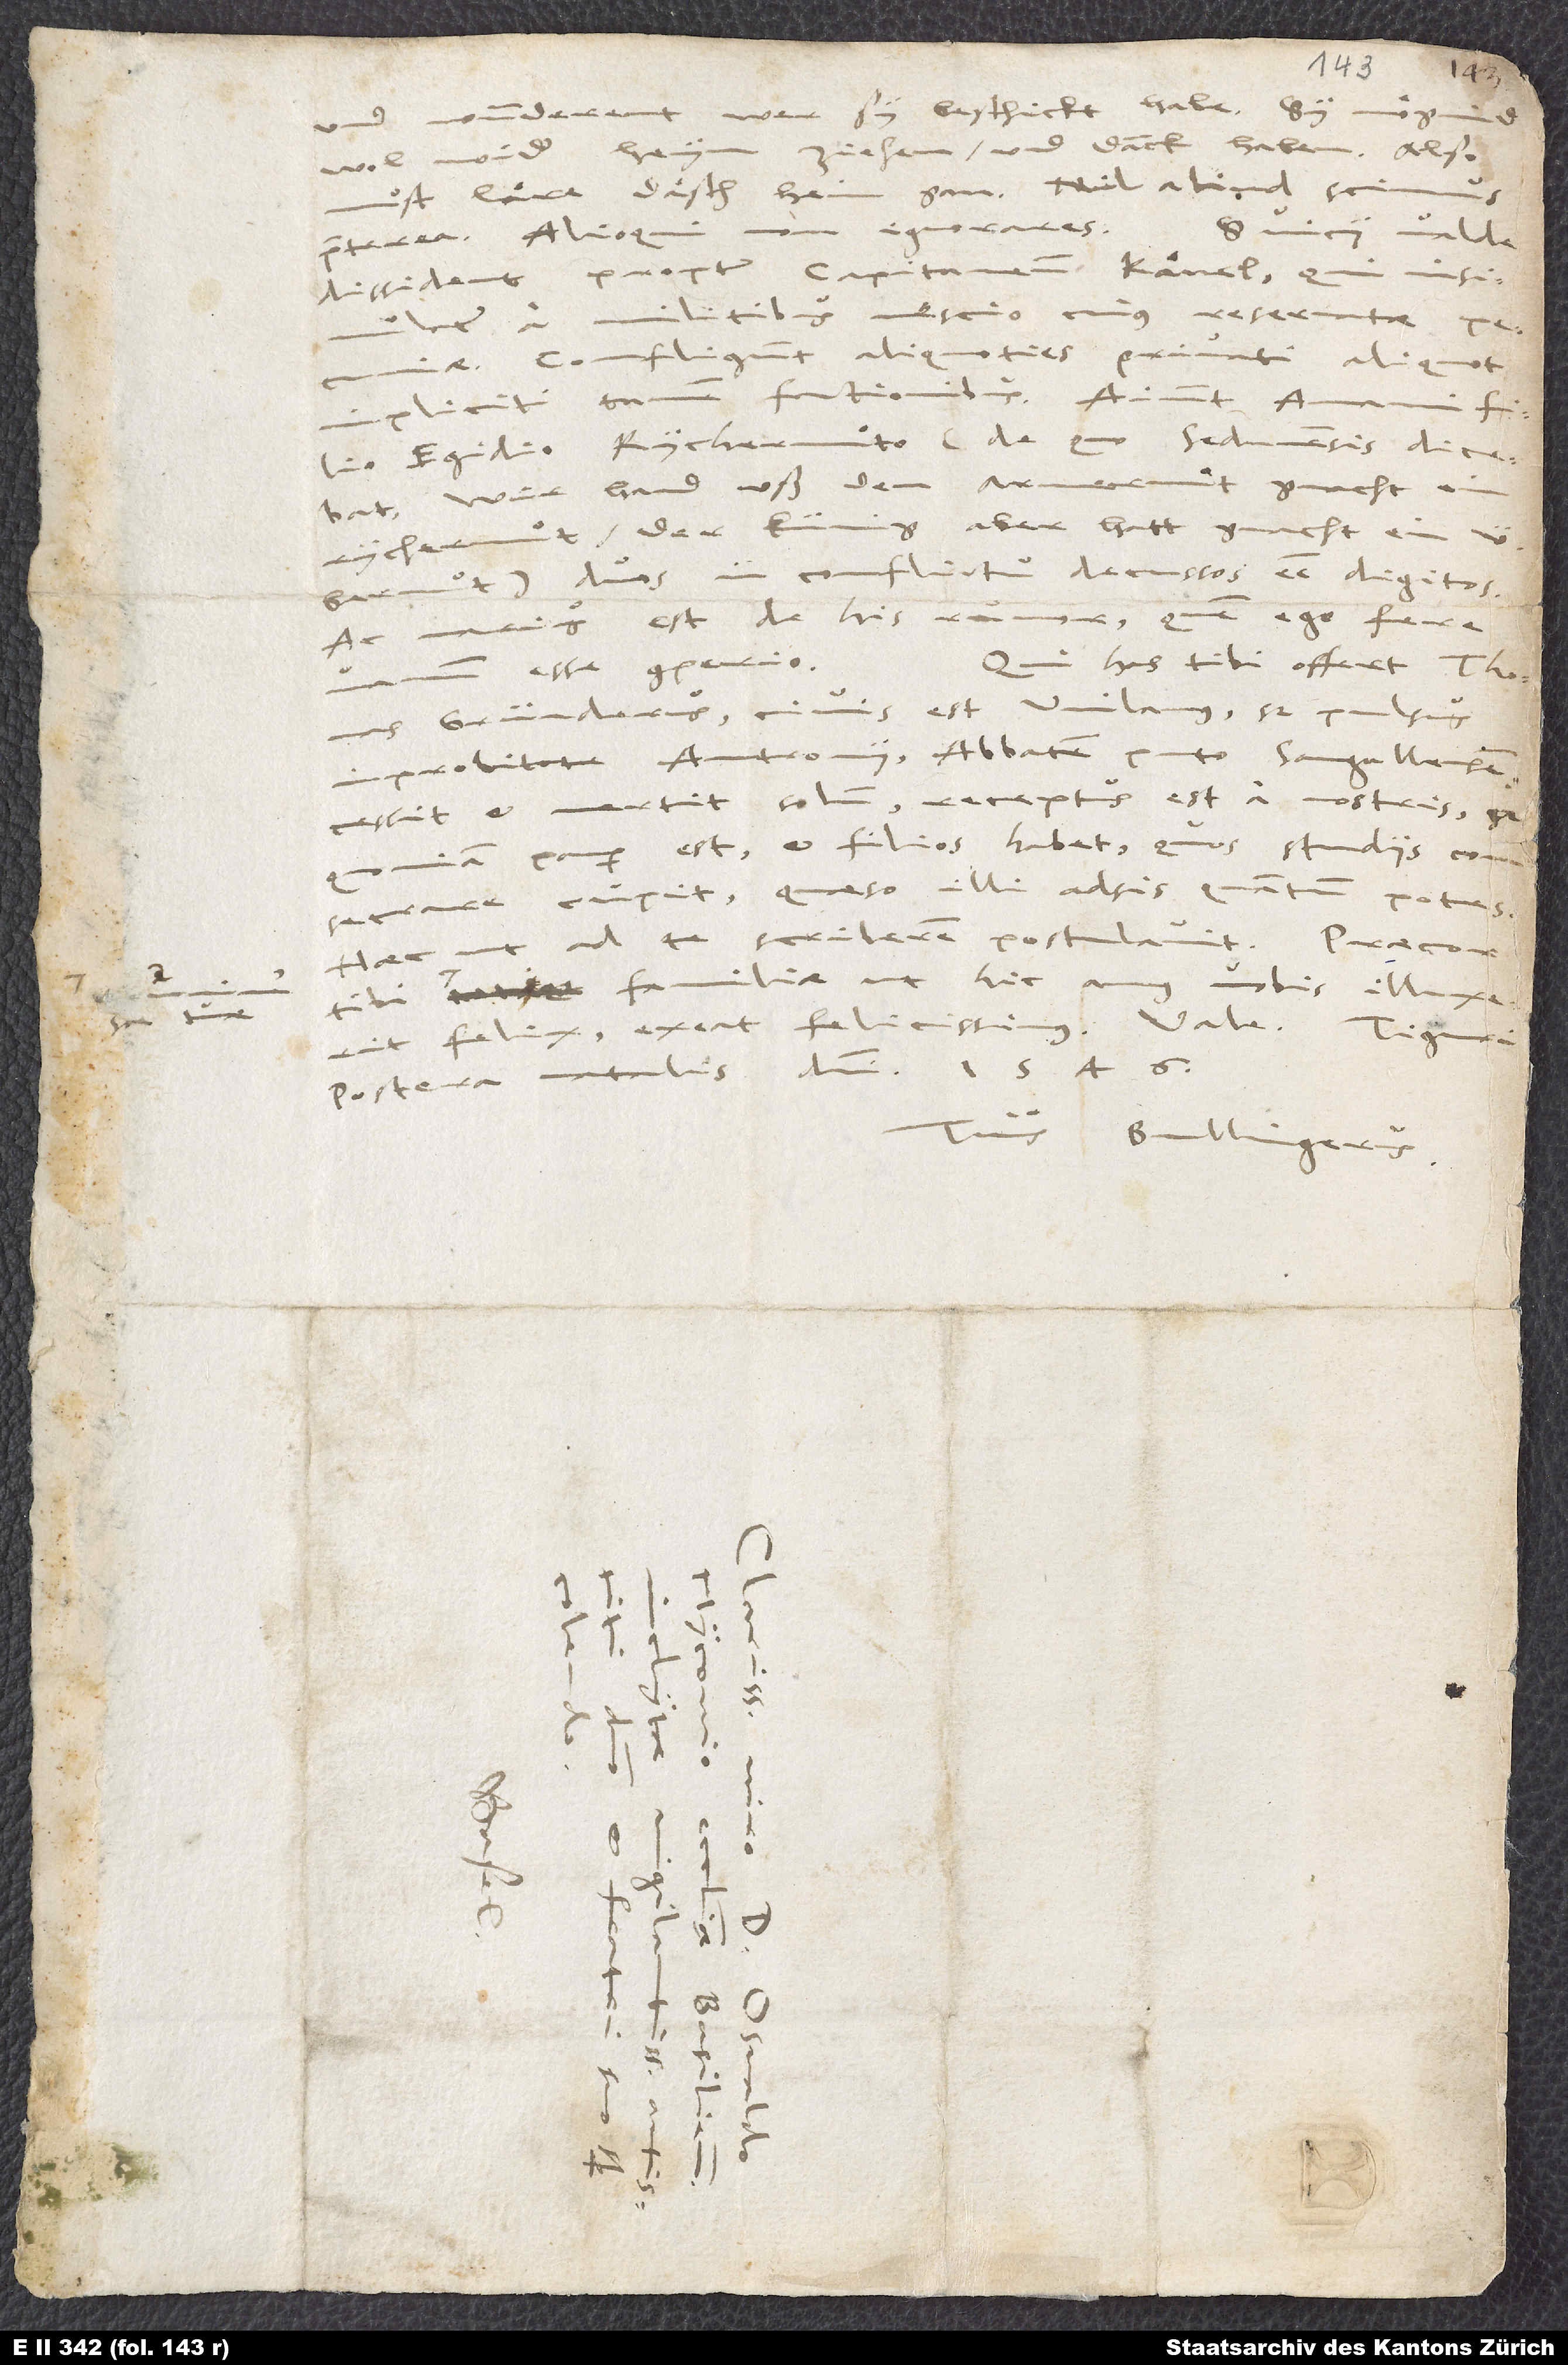
tuae

und wunderent, wer sy beschickt habe. Sy moͤgind
wol wider heym ziehen und danck haben. Also
muͦst laͤre daͤsch heim gan. Nil aliud scimus
ignorares.
Svicii valde
praeterea; alioqui
dissident propter capitaneum Kaͤnel, qui insimulatur
a militibus nescio cuius reservatae pecuniae.
Confligunt aliquoties privati aliquot,
impliciti tamen factionibus. Aiunt Amanni filio,
Egidio Rychermuͦto, (de quo Sedunensis dicebat:
„Wir hand uß dem Armermuͦt gmacht ein
Rychermuͦt; der künig aber hatt gmacht ein
Übermuͦt“) duos in conflictu decussos esse digitos.
varius est de his rumor, quem ego fere
Qui has tibi offert, Thomas
esse comperio.
Gründerus, civis est Wilanus, sed pulsus
improbitate Antronii, abbatem puto Sangallensem,
cessit et vertit solum. Receptus est a nostris, sed
quoniam pauper est et filios habet, quos studiis consecrare
cupit, quaeso illi adsis, quantum potes.
familiae, ut hic annus
vobis illuxerit
postera natalis domini 1546.
Tuus Bullingerus.